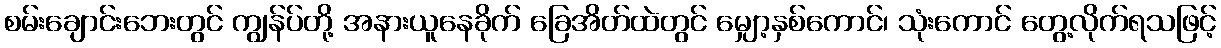
စမ်းချောင်းဘေးတွင် ကျွန်ပ်တို့ အနားယူနေခိုက် ခြေအိတ်ထဲတွင် မျှော့နှစ်ကောင်၊ သုံးကောင် တွေ့လိုက်ရသဖြင့်